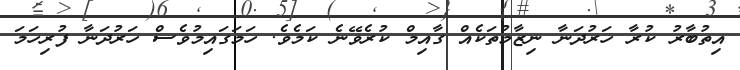
އިތުބާރު ކުރާ ހަރުދަނާ ނިޒާމުތަކެއް ގާއިމް ކުރެވޭނެ ކަމެވެ. ހަމަގައިމުވެސް ހަރުދަނާ ފުރިހަމަ